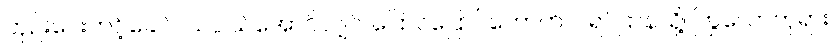
ဘုဉ်းပေးတင့်ခေါင်၊ သပ္ပါယ်အောင်လျှင်၊ ပြောင်ပြောင်တောက်ပ၊ ရပ်ဌာနသို့၊ ကြွလောဘုရား၊